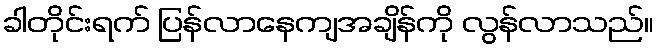
ခါတိုင်းရက် ပြန်လာနေကျအချိန်ကို လွန်လာသည်။